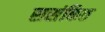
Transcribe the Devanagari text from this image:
ससंकित